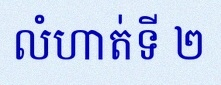
លំហាត់ទី ២